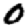
Digit: 0